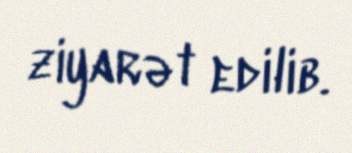
ziyarət edilib.